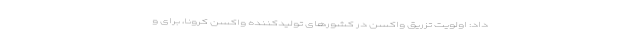
داد: اولویت تزریق واکسن در کشورهای تولیدکننده واکسن کرونا، برای و